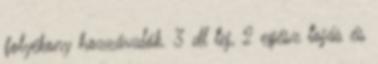
folyékony hozzávalók. 3 dl tej, 2 egész tojás és